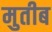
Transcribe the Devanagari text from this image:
मुतीब